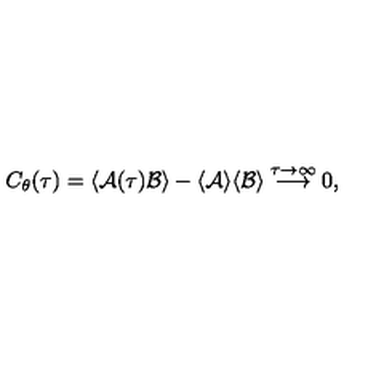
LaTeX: C _ { \theta } ( \tau ) = \langle { \cal A } ( \tau ) { \cal B } \rangle - \langle { \cal A } \rangle \langle { \cal B } \rangle \stackrel { \tau \rightarrow \infty } { \longrightarrow } 0 ,